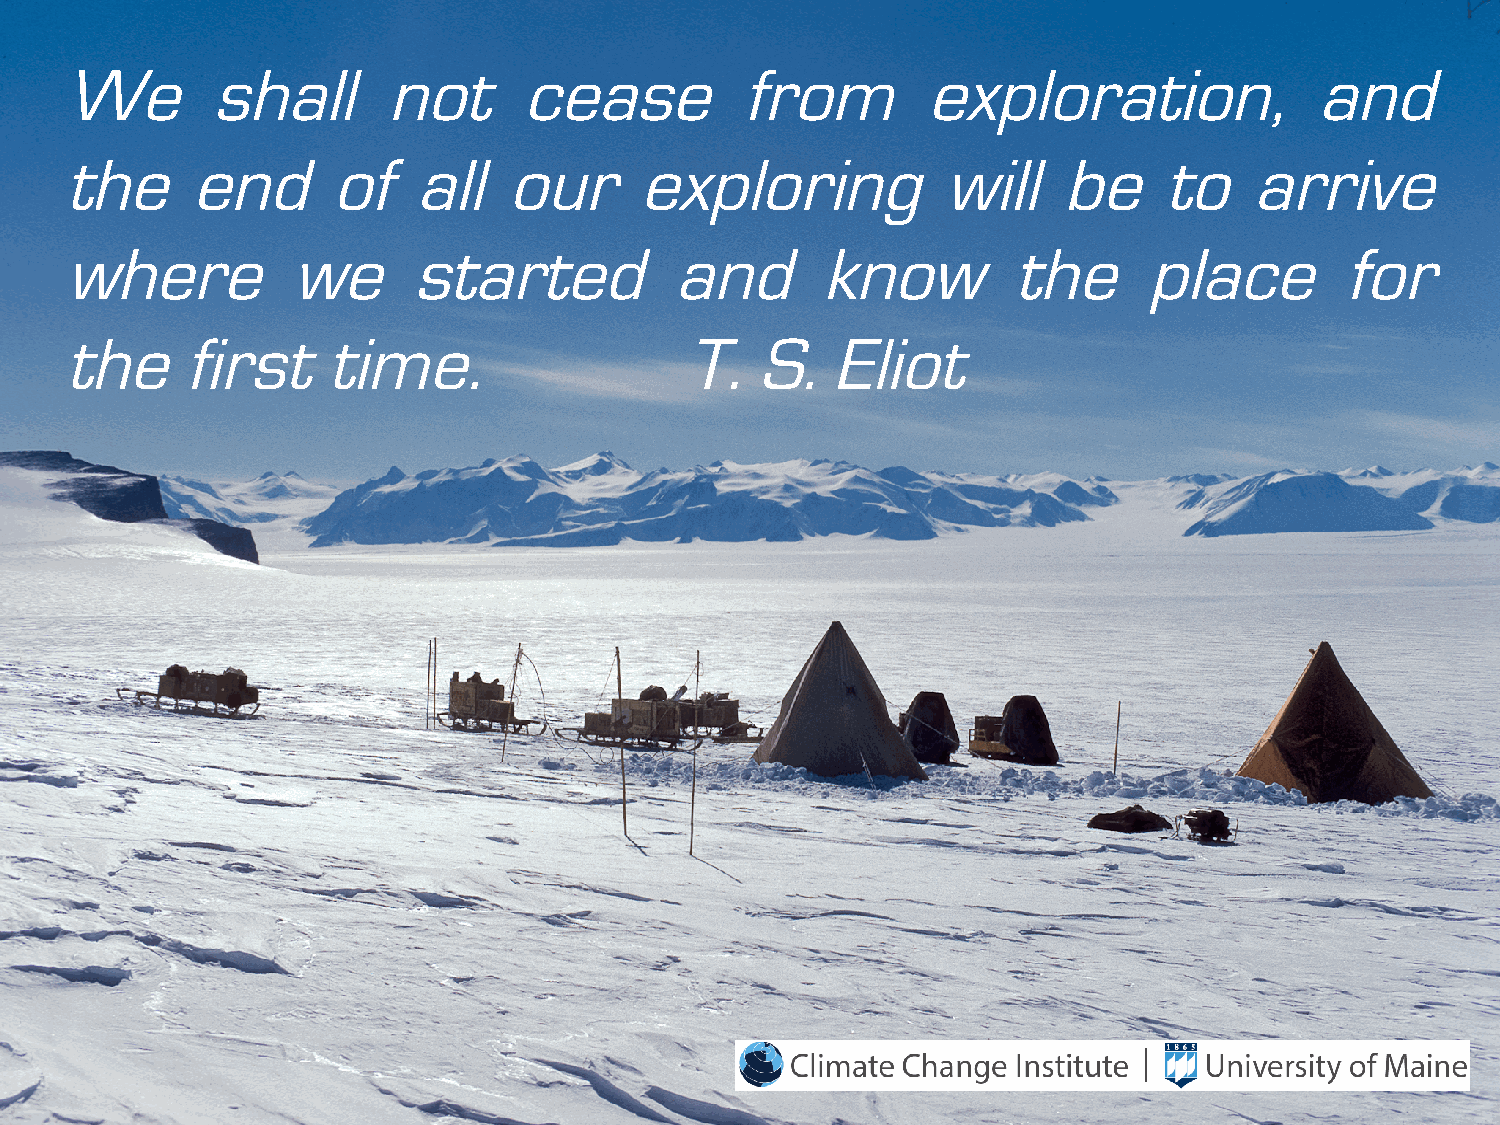
We        shall      not      cease          from        exploration,              and
 the      end      of   all   our      exploring           will    be     to    arrive
 where          we      started          and       know         the      place        for
 the     first     time.                  T.   S.   Eliot